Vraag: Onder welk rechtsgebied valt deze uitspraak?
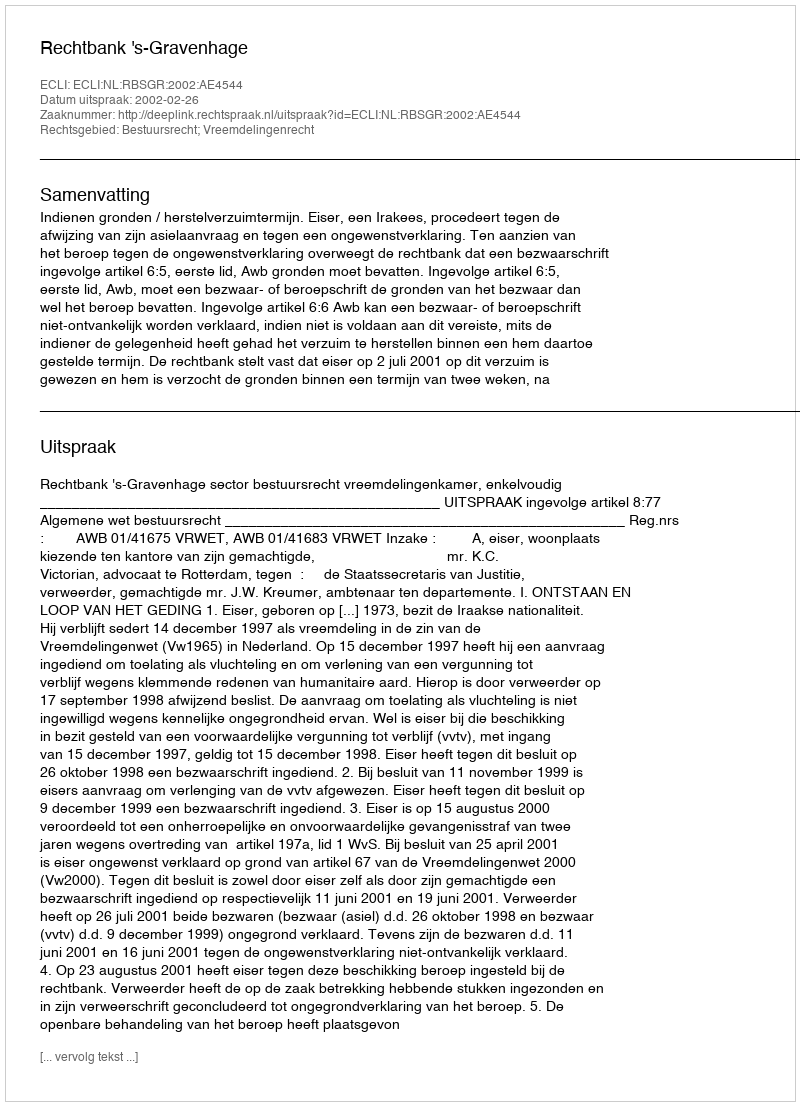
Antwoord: Bestuursrecht; Vreemdelingenrecht